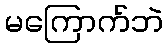
မကြောက်ဘဲ